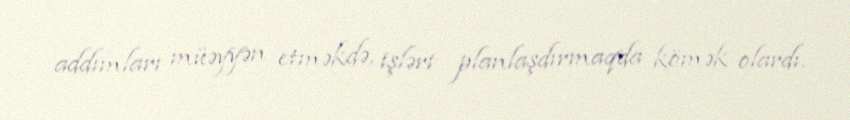
addımları müəyyən etməkdə, işləri planlaşdırmaqda kömək olardı.